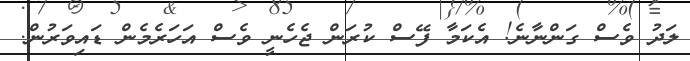
ލަދު ވެސް ގަންނާނެ! އެކަމާ ފޭސް ކުރަން ޖެހެނީ ވެސް އަހަރެމެން ޑައިވަރުން.